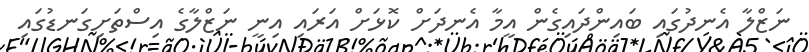
ނަޒްލާ އެނދުގައި ބައިންދައިގެން އީމާ އެނދަށް ކޮޅަށް އަރައި އިނީ ނަޒްލާގެ އިސްތަށިގަނޑުގައި